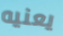
يعنيه